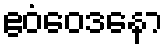
ဧဝံဝေဒနော